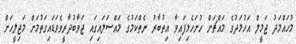
މުހައްމަދު ޖަމީލް އަހުމަދުގެ މައްޗަށް ހުށަހެޅިފައިވާ އިތުބާރު ނެތްކަމުގެ މައްސަލައިގައި ޖަވާބުދާރީވެވަޑައިގަތުމަށް މަޖިލީހަށް